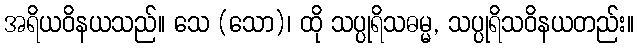
အရိယဝိနယသည်။ သေ (သော)၊ ထို သပ္ပုရိသဓမ္မ, သပ္ပုရိသဝိနယတည်း။